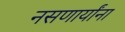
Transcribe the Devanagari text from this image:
नसणार्यांना